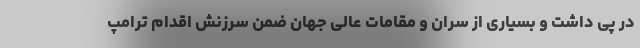
در پی داشت و بسیاری از سران و مقامات عالی جهان ضمن سرزنش اقدام ترامپ